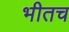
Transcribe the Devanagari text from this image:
भीतच